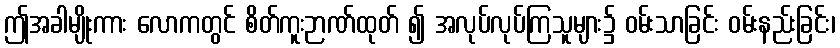
ဤအခါမျိုးကား လောကတွင် စိတ်ကူးဉာဏ်ထုတ် ၍ အလုပ်လုပ်ကြသူများ၌ ဝမ်းသာခြင်း ဝမ်းနည်းခြင်း၊